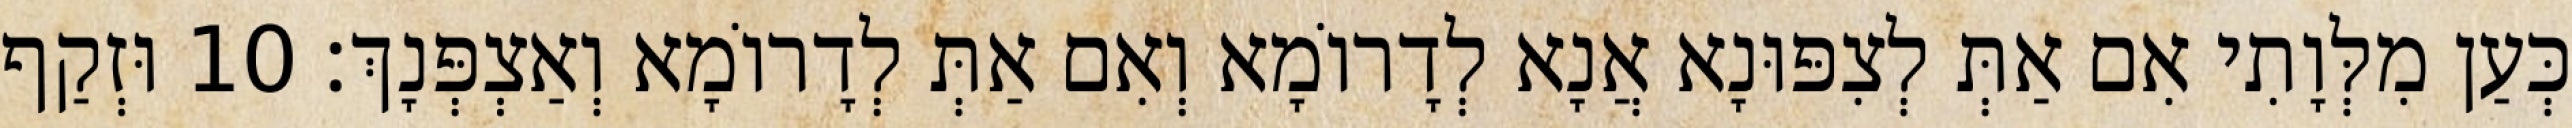
כְּעַן מִלְּוָתִי אִם אַתְּ לְצִפּוּנָא אֲנָא לְדָרוֹמָא וְאִם אַתְּ לְדָרוֹמָא וְאַצְפְּנָךְ׃ 10 וּזְקַף